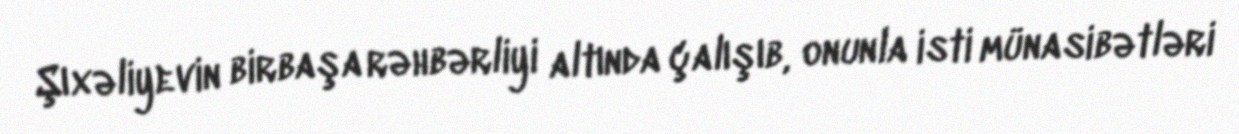
Şıxəliyevin birbaşa rəhbərliyi altında çalışıb, onunla isti münasibətləri